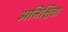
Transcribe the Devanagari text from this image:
अनिश्चित्ता